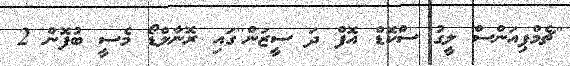
''ޗެމްޕިއަންސް ލީގު ސްކޮޑް އޮފް ދަ ސީޒަން''ގައި ރޮނާލްޑޯ މެސީ ބުފޮން 2